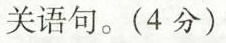
相关语句。(4分)